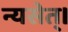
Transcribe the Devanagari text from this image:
न्यसेत्‌।